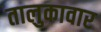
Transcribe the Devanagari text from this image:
तालुकावार